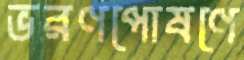
ভরণপোষণে